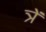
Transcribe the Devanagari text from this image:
त्रें